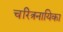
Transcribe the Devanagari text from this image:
चरित्रनायिका